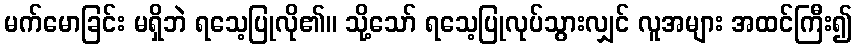
မက်မောခြင်း မရှိဘဲ ရသေ့ပြုလို၏။ သို့သော် ရသေ့ပြုလုပ်သွားလျှင် လူအများ အထင်ကြီး၍